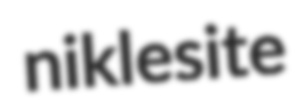
niklesite